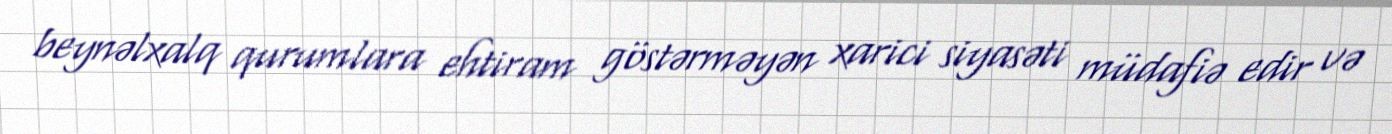
beynəlxalq qurumlara ehtiram göstərməyən xarici siyasəti müdafiə edir və